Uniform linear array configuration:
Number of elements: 32
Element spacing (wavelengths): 0.75
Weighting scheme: uniform
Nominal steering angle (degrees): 45
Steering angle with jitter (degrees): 43.324
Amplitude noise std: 0.05
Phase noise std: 0.05

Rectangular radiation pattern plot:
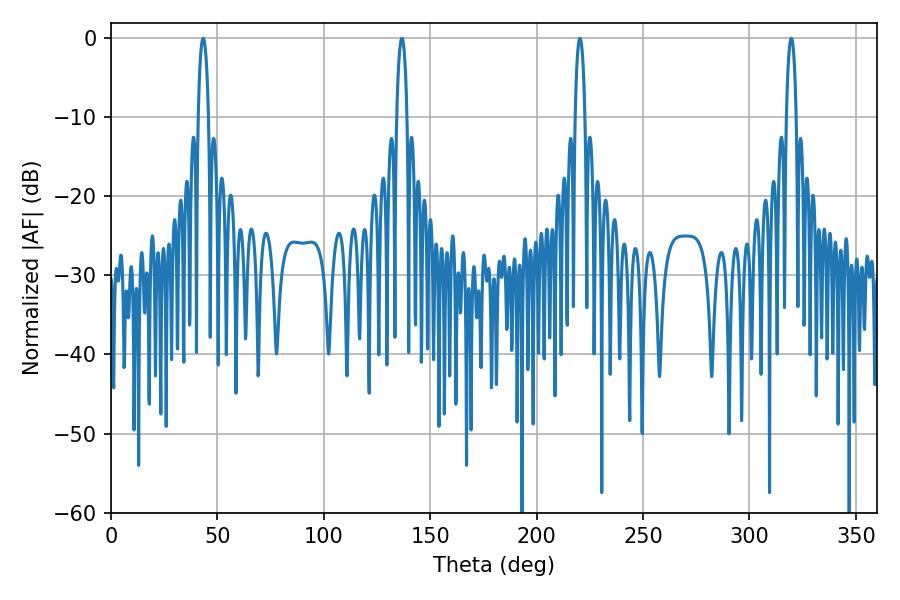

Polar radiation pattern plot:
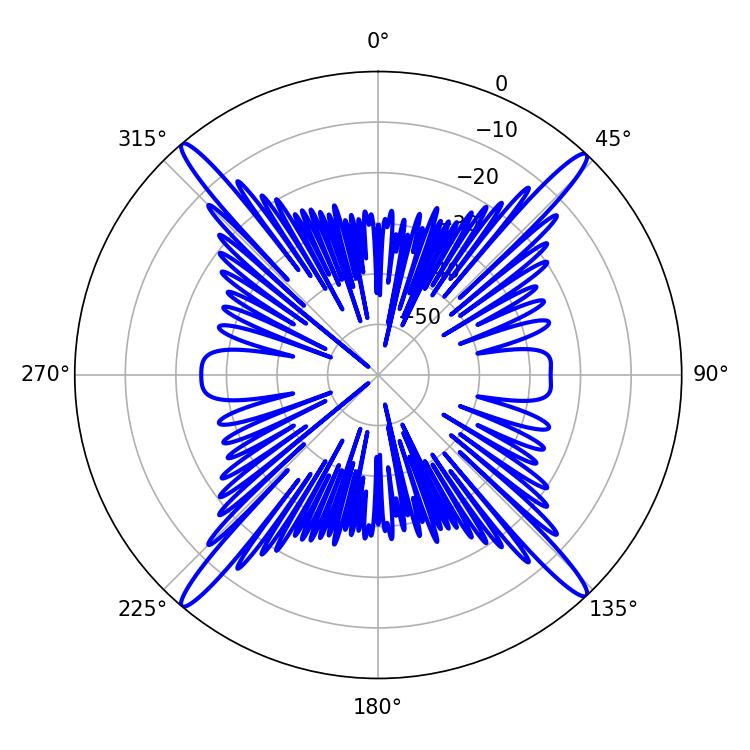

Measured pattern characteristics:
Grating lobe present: TRUE
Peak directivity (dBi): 24.045
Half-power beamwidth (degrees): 2.52
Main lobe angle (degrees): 220.32